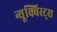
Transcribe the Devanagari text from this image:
न्यूक्विस्ट्स